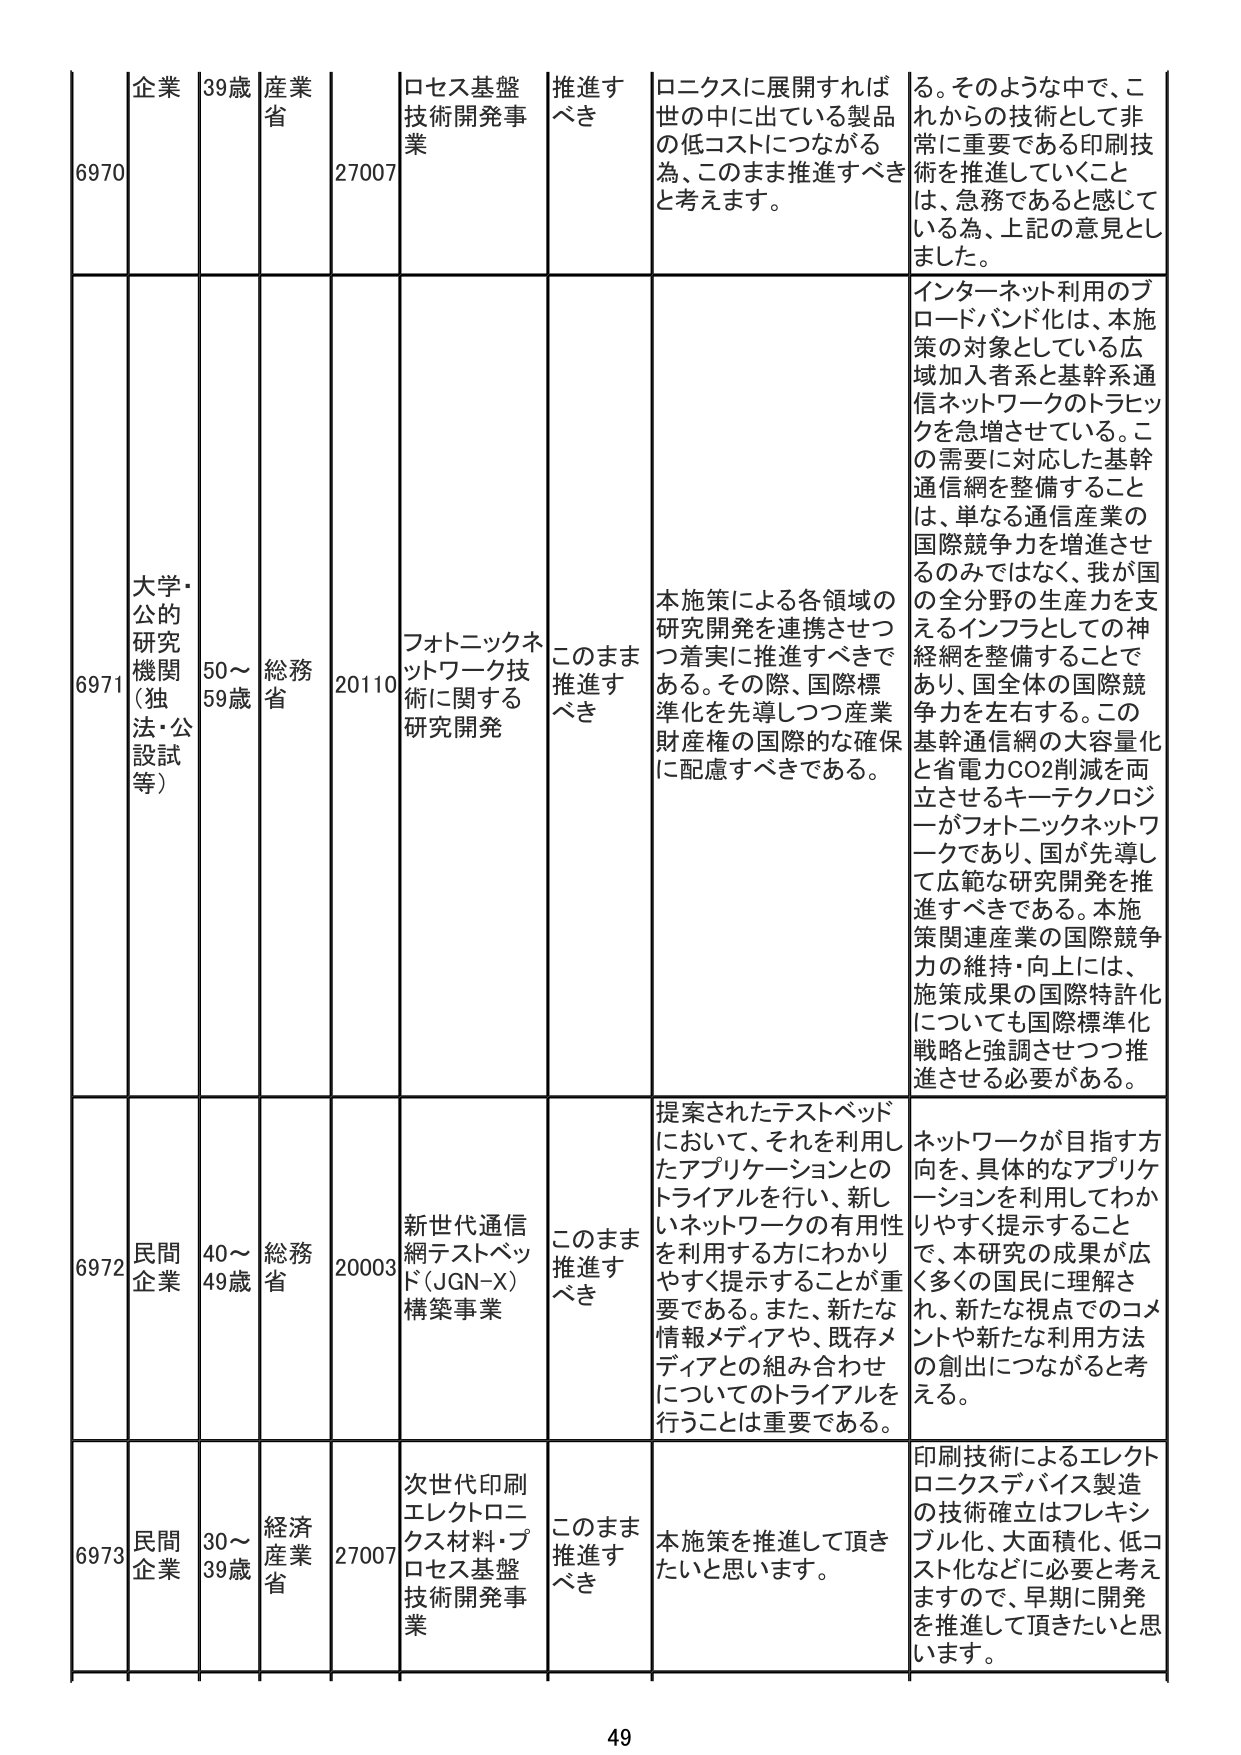
6970 企業 39歳 産業省 27007 ロセス基盤技術開発事業 推進すべき ロニクスに展開すれば世の中に出ていている製品の低コストにつながる為、このまま推進すべきと考えます。 る。そのような中で、これからの技術として非常に重要である印刷技術を推進していくことは、急務であると感じている為、上記の意見としました。

6971 大学・公的研究機関（独法・公設試等） 50～59歳 総務省 20110 フォトニックネットワーク技術に関する研究開発 このまま推進すべき 本施策による各領域の研究開発を連携させつつ着実に推進すべきである。その際、国際標準化を先導しつつ産業財産権の国際的な確保に配慮すべきである。 インターネット利用のブロードバンド化は、本施策の対象としている広域加入者系と基幹系通信ネットワークのトラフィックを急増させている。この需要に対応した基幹通信網を整備することは、単なる通信産業の国際競争力を増進させるのみではなく、我が国の全分野の生産力を支えるインフラとしての神経網を整備することであり、国全体の国際競争力を左右する。この基幹通信網の大容量化と省電力CO2削減を両立させるキーテクノロジーがフォトニックネットワークであり、国が先導して広範な研究開発を推進すべきである。本施策関連産業の国際競争力の維持・向上には、施策成果の国際特許化についても国際標準化戦略と強調させつつ推進させる必要がある。

6972 民間企業 40～49歳 総務省 20003 新世代通信網テストベッド（JGN-X）構築事業 このまま推進すべき 提案されたテストベッドにおいて、それを利用したアプリケーションとのトライアルを行い、新しいネットワークの有用性を利用する方にわかりやすく提示することが重要である。また、新たな情報メディアや、既存メディアとの組み合わせについてのトライアルを行うことは重要である。 ネットワークが目指す方向を、具体的なアプリケーションを利用してわかりやすく提示することで、本研究の成果が広く多くの国民に理解され、新たな視点でのコメントや新たな利用方法の創出につながると考える。

6973 民間企業 30～39歳 経済産業省 27007 次世代印刷エレクトロニクス材料・プロセス基盤技術開発事業 このまま推進すべき 本施策を推進して頂きたいと思います。 印刷技術によるエレクトロニクスデバイス製造の技術確立はフレキシブル化、大面積化、低コスト化などに必要と考えますので、早期に開発を推進して頂きたいと思います。

49